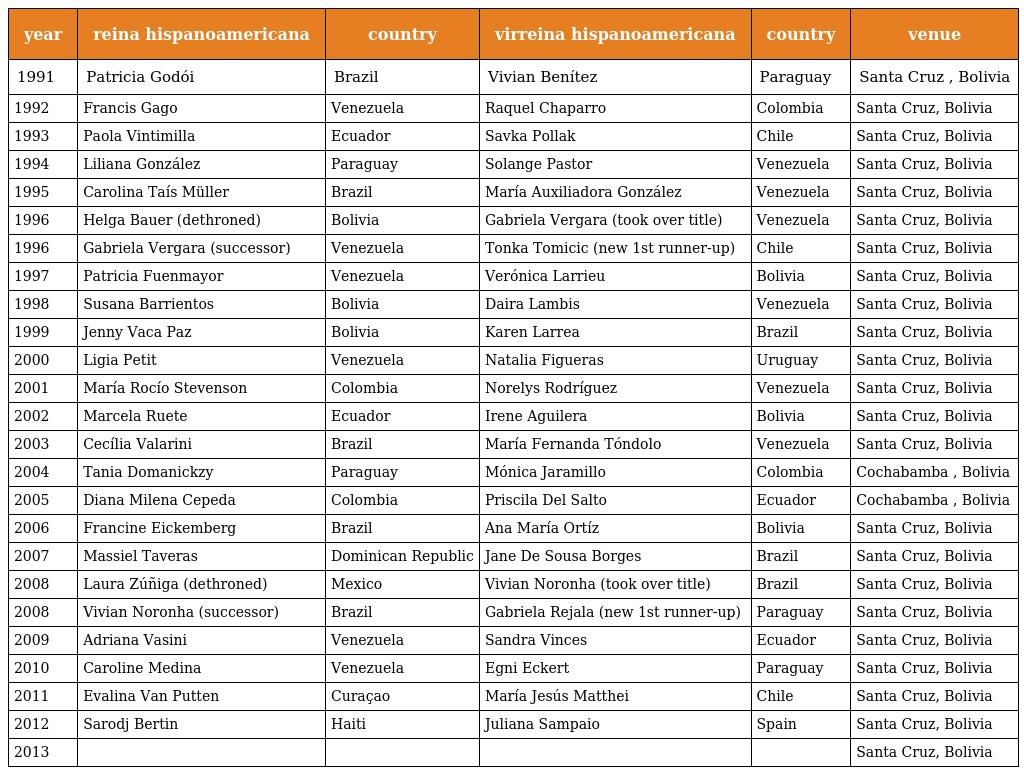
| year | reina hispanoamericana | country | virreina hispanoamericana | country | venue |
 | --- | --- | --- | --- | --- | --- |
 | 1991 | Patricia Godói | Brazil | Vivian Benítez | Paraguay | Santa Cruz , Bolivia |
 | 1992 | Francis Gago | Venezuela | Raquel Chaparro | Colombia | Santa Cruz, Bolivia |
 | 1993 | Paola Vintimilla | Ecuador | Savka Pollak | Chile | Santa Cruz, Bolivia |
 | 1994 | Liliana González | Paraguay | Solange Pastor | Venezuela | Santa Cruz, Bolivia |
 | 1995 | Carolina Taís Müller | Brazil | María Auxiliadora González | Venezuela | Santa Cruz, Bolivia |
 | 1996 | Helga Bauer (dethroned) | Bolivia | Gabriela Vergara (took over title) | Venezuela | Santa Cruz, Bolivia |
 | 1996 | Gabriela Vergara (successor) | Venezuela | Tonka Tomicic (new 1st runner-up) | Chile | Santa Cruz, Bolivia |
 | 1997 | Patricia Fuenmayor | Venezuela | Verónica Larrieu | Bolivia | Santa Cruz, Bolivia |
 | 1998 | Susana Barrientos | Bolivia | Daira Lambis | Venezuela | Santa Cruz, Bolivia |
 | 1999 | Jenny Vaca Paz | Bolivia | Karen Larrea | Brazil | Santa Cruz, Bolivia |
 | 2000 | Ligia Petit | Venezuela | Natalia Figueras | Uruguay | Santa Cruz, Bolivia |
 | 2001 | María Rocío Stevenson | Colombia | Norelys Rodríguez | Venezuela | Santa Cruz, Bolivia |
 | 2002 | Marcela Ruete | Ecuador | Irene Aguilera | Bolivia | Santa Cruz, Bolivia |
 | 2003 | Cecília Valarini | Brazil | María Fernanda Tóndolo | Venezuela | Santa Cruz, Bolivia |
 | 2004 | Tania Domanickzy | Paraguay | Mónica Jaramillo | Colombia | Cochabamba , Bolivia |
 | 2005 | Diana Milena Cepeda | Colombia | Priscila Del Salto | Ecuador | Cochabamba , Bolivia |
 | 2006 | Francine Eickemberg | Brazil | Ana María Ortíz | Bolivia | Santa Cruz, Bolivia |
 | 2007 | Massiel Taveras | Dominican Republic | Jane De Sousa Borges | Brazil | Santa Cruz, Bolivia |
 | 2008 | Laura Zúñiga (dethroned) | Mexico | Vivian Noronha (took over title) | Brazil | Santa Cruz, Bolivia |
 | 2008 | Vivian Noronha (successor) | Brazil | Gabriela Rejala (new 1st runner-up) | Paraguay | Santa Cruz, Bolivia |
 | 2009 | Adriana Vasini | Venezuela | Sandra Vinces | Ecuador | Santa Cruz, Bolivia |
 | 2010 | Caroline Medina | Venezuela | Egni Eckert | Paraguay | Santa Cruz, Bolivia |
 | 2011 | Evalina Van Putten | Curaçao | María Jesús Matthei | Chile | Santa Cruz, Bolivia |
 | 2012 | Sarodj Bertin | Haiti | Juliana Sampaio | Spain | Santa Cruz, Bolivia |
 | 2013 |  |  |  |  | Santa Cruz, Bolivia |